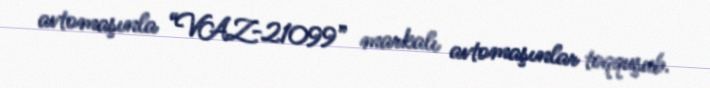
avtomaşınla “VAZ-21099” markalı avtomaşınlar toqquşub.